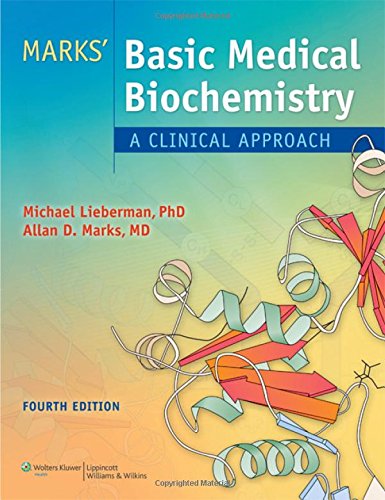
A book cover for Marks' Basic Medical Biochemistry (Lieberman, Marks's Basic Medical Biochemistry); Alisa Peet MD; Engineering & Transportation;